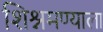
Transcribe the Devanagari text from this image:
शिश्नमण्याला